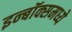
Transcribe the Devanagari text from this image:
इन्बॉक्समध्ये